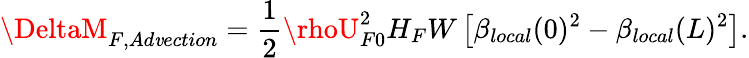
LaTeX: \DeltaM_{F,Ad\mathit{v}ection}=\frac{{1}}{{2}}\rhoU_{F0}^{2}H_{F}W\left[\beta_{local}(0)^{2}-\beta_{local}(L)^{2}\right].